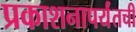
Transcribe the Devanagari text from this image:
प्रकाशनापर्यंतची